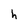
Character: h